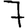
Digit: 7